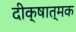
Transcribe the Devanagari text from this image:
दीक्षात्मक